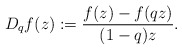
\begin{align*}D_qf(z):=\frac{f(z)-f(qz)}{(1-q)z}.\end{align*}